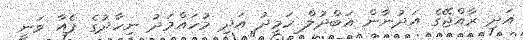
އަދި ރާއްޖޭގެ އަދުނާން އަބްދުލް ހަމީދު އަދި މުހައްމަދު ނިހާދުގެ ޕެއާ ވަނީ